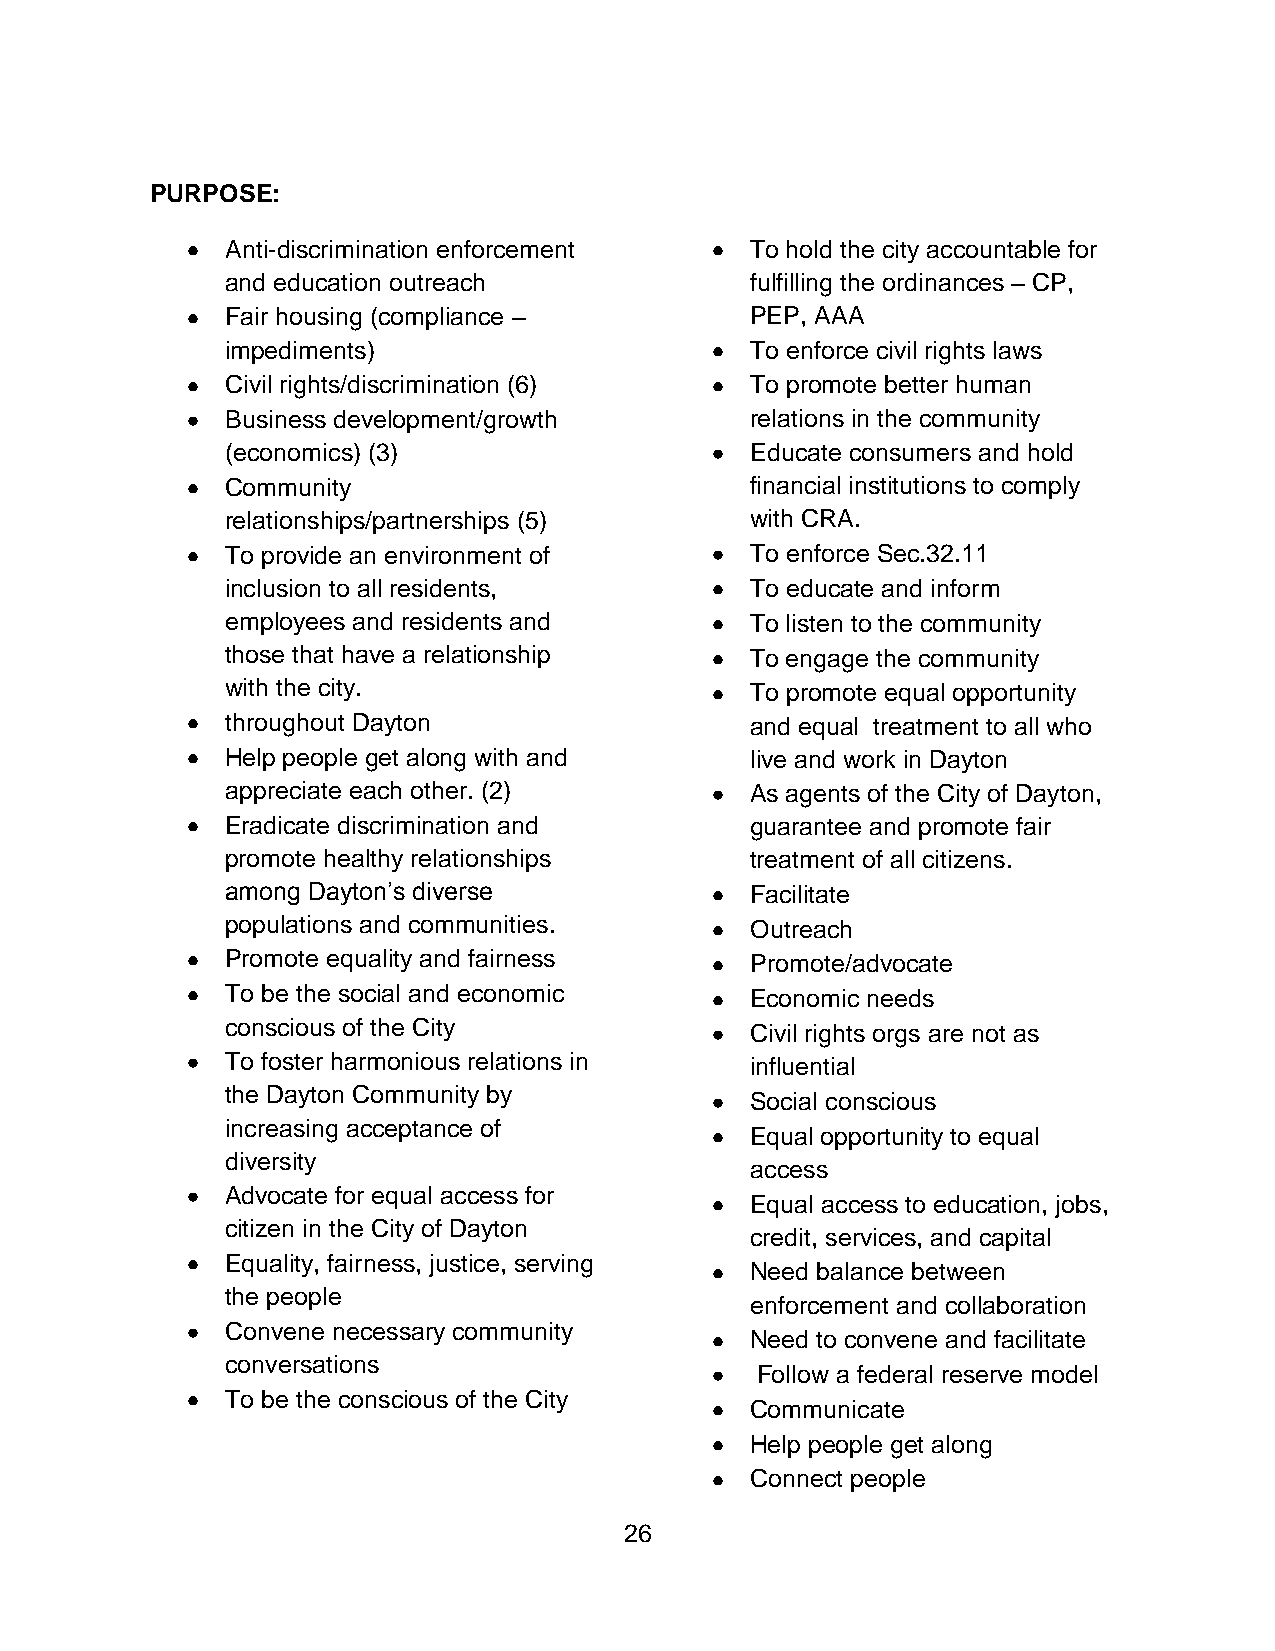
PURPOSE:
 Anti-discrimination enforcement    To hold the city accountable for
 and education outreach             fulfilling the ordinances – CP,
 Fair housing (compliance –         PEP, AAA
 impediments)                       To enforce civil rights laws
 Civil rights/discrimination (6)    To promote better human
 Business development/growth        relations in the community
 (economics) (3)                    Educate consumers and hold
 Community                          financial institutions to comply
 relationships/partnerships (5)     with CRA.
 To provide an environment of       To enforce Sec.32.11
 inclusion to all residents,        To educate and inform
 employees and residents and        To listen to the community
 those that have a relationship     To engage the community
 with the city.                     To promote equal opportunity
 throughout Dayton                  and equal treatment to all who
 Help people get along with and     live and work in Dayton
 appreciate each other. (2)         As agents of the City of Dayton,
 Eradicate discrimination and       guarantee and promote fair
 promote healthy relationships      treatment of all citizens.
 among Dayton’s diverse             Facilitate
 populations and communities.       Outreach
 Promote equality and fairness      Promote/advocate
 To be the social and economic      Economic needs
 conscious of the City
 Civil rights orgs are not as
 To foster harmonious relations in  influential
 the Dayton Community by
 Social conscious
 increasing acceptance of
 Equal opportunity to equal
 diversity
 access
 Advocate for equal access for
 Equal access to education, jobs,
 citizen in the City of Dayton
 credit, services, and capital
 Equality, fairness, justice, serving
 Need balance between
 the people
 enforcement and collaboration
 Convene necessary community
 Need to convene and facilitate
 conversations
 Follow a federal reserve model
 To be the conscious of the City
 Communicate
 Help people get along
 Connect people
 26